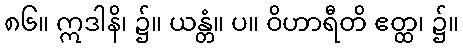
၈၆။ ဣဒါနိ၊ ၌။ ယန္တံ။ ပ။ ဝိဟာရီတိ ဧတ္ထ၊ ၌။